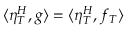
\langle \eta _ { T } ^ { H } , g \rangle = \langle \eta _ { T } ^ { H } , f _ { T } \rangle